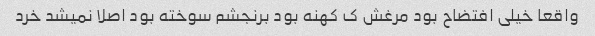
واقعا خیلی افتضاح بود مرغش ک کهنه بود برنجشم سوخته بود اصلا نمیشد خرد